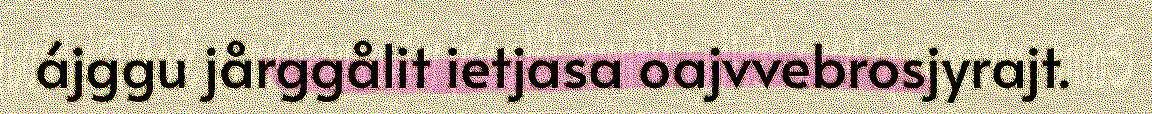
ájggu jårggålit ietjasa oajvvebrosjyrajt.